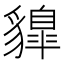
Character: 䝥